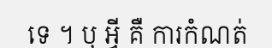
ទេ ។ បុ អ្វី គឺ ការកំណត់